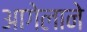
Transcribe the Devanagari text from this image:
आगेलाने